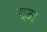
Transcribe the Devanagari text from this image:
द्म